Malaria in India - Number 2
Disease focus: Malaria
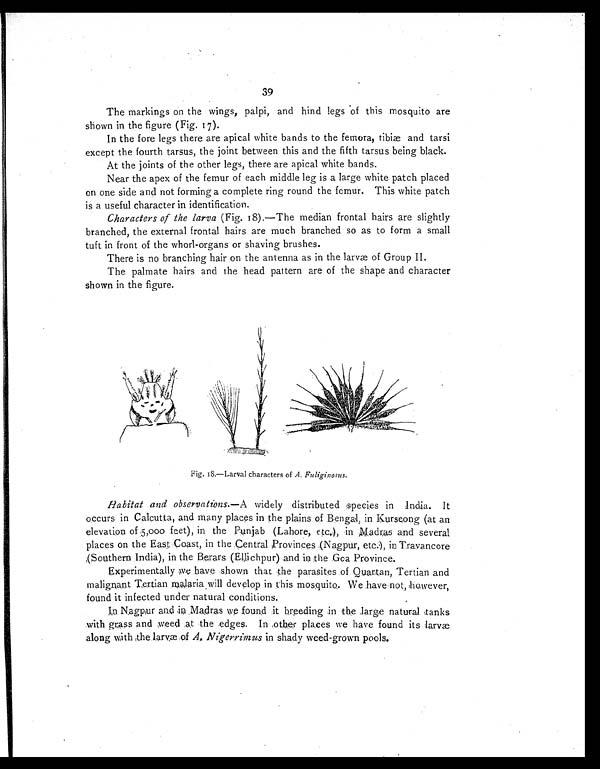
39
The markings on the wings, palpi, and hind legs of this mosquito are
shown in the figure (Fig. 17).
In the fore legs there are apical white bands to the femora, tibiæ and tarsi
except the fourth tarsus, the joint between this and the fifth tarsus being black.
At the joints of the other legs, there are apical white bands.
Near the apex of the femur of each middle leg is a large white patch placed
on one side and not forming a complete ring round the femur. This white patch
is a useful character in identification.
Characters of the larva (Fig. 18).—The median frontal hairs are slightly
branched, the external frontal hairs are much branched so as to form a small
tuft in front of the whorl-organs or shaving brushes.
There is no branching hair on the antenna as in the larvæ of Group II.
The palmate hairs and the head pattern are of the shape and character
shown in the figure.
Fig. 18.—Larval characters of A. Fuliginosus.
Habitat and observations.— A widely distributed species in India. It
occurs in Calcutta, and many places in the plains of Bengal, in Kurseong (at an
elevation of 5,000 feet), in the Punjab (Lahore, etc.), in Madras and several
places on the East Coast, in the Central Provinces (Nagpur, etc.), in Travancore
(Southern India), in the Berars (Ellichpur) and in the Goa Province.
Experimentally we have shown that the parasites of Quartan, Tertian and
malignant Tertian malaria will develop in this mosquito. We have not, however,
found it infected under natural conditions.
Nagpur aad in Madras we found it breeding in the large natural tanks
with grass and weed at the edges. In other places we have found its larvæ
along with the larvæ of A. Nigerrimus in shady weed-grown pools.